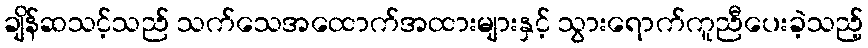
ချိန်ဆသင့်သည် သက်သေအထောက်အထားများနှင့် သွားရောက်ကူညီပေးခဲ့သည့်